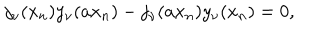
j _ { \nu } ( x _ { n } ) y _ { \nu } ( a x _ { n } ) - j _ { \nu } ( a x _ { n } ) y _ { \nu } ( x _ { n } ) = 0 ,